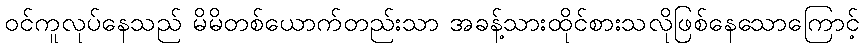
ဝင်ကူလုပ်နေသည် မိမိတစ်ယောက်တည်းသာ အခန့်သားထိုင်စားသလိုဖြစ်နေသောကြောင့်